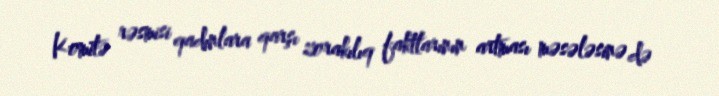
Komitə rəsmisi qadınlara qarşı zorakılıq faktlarının artması məsələsinə də